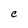
Character: C